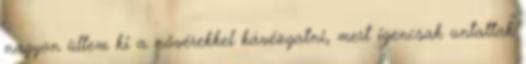
nagyon ültem ki a nővérekkel kávézgatni, mert igencsak untattak